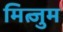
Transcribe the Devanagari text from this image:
मित्जुम